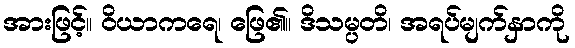
အားဖြင့်။ ဝိယာကရေ၊ ဖြေ၏။ ဒိသမ္ပတိ၊ အရပ်မျက်နှာကို